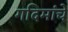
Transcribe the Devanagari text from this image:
गदिमांचे